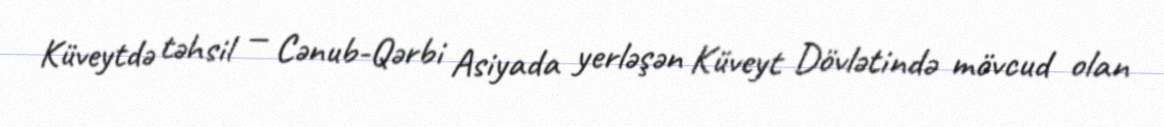
Küveytdə təhsil — Cənub-Qərbi Asiyada yerləşən Küveyt Dövlətində mövcud olan